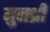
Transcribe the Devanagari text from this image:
मुनथ्री